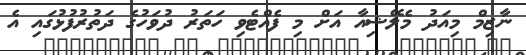
ނާޒިމް މިއަދު މެލޭޝިއާ އަށް މި ފެއްޓެވި ހަތަރު ދުވަހުގެ ދަތުރުފުޅުގައި އެ